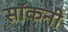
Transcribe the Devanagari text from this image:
सॉकनी